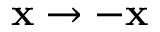
{ \bf x } \rightarrow - { \bf x }